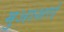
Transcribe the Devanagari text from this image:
मुआशरों